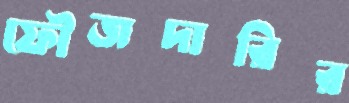
ফৌজদারির